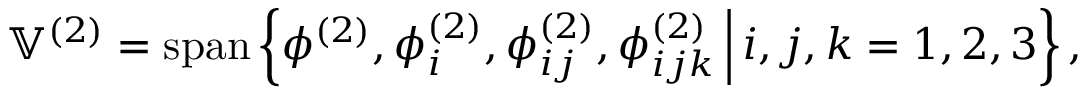
\mathbb { V } ^ { ( 2 ) } = \operatorname { s p a n } \left\{ \phi ^ { ( 2 ) } , \phi _ { i } ^ { ( 2 ) } , \phi _ { i j } ^ { ( 2 ) } , \phi _ { i j k } ^ { ( 2 ) } \, \Big \vert \, i , j , k = 1 , 2 , 3 \right\} ,